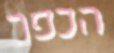
הכפר